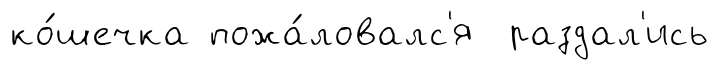
ко́шечка пожа́ловалс'я раздал'ись